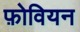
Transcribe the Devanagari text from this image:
फ़ोवियन